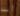
أنت